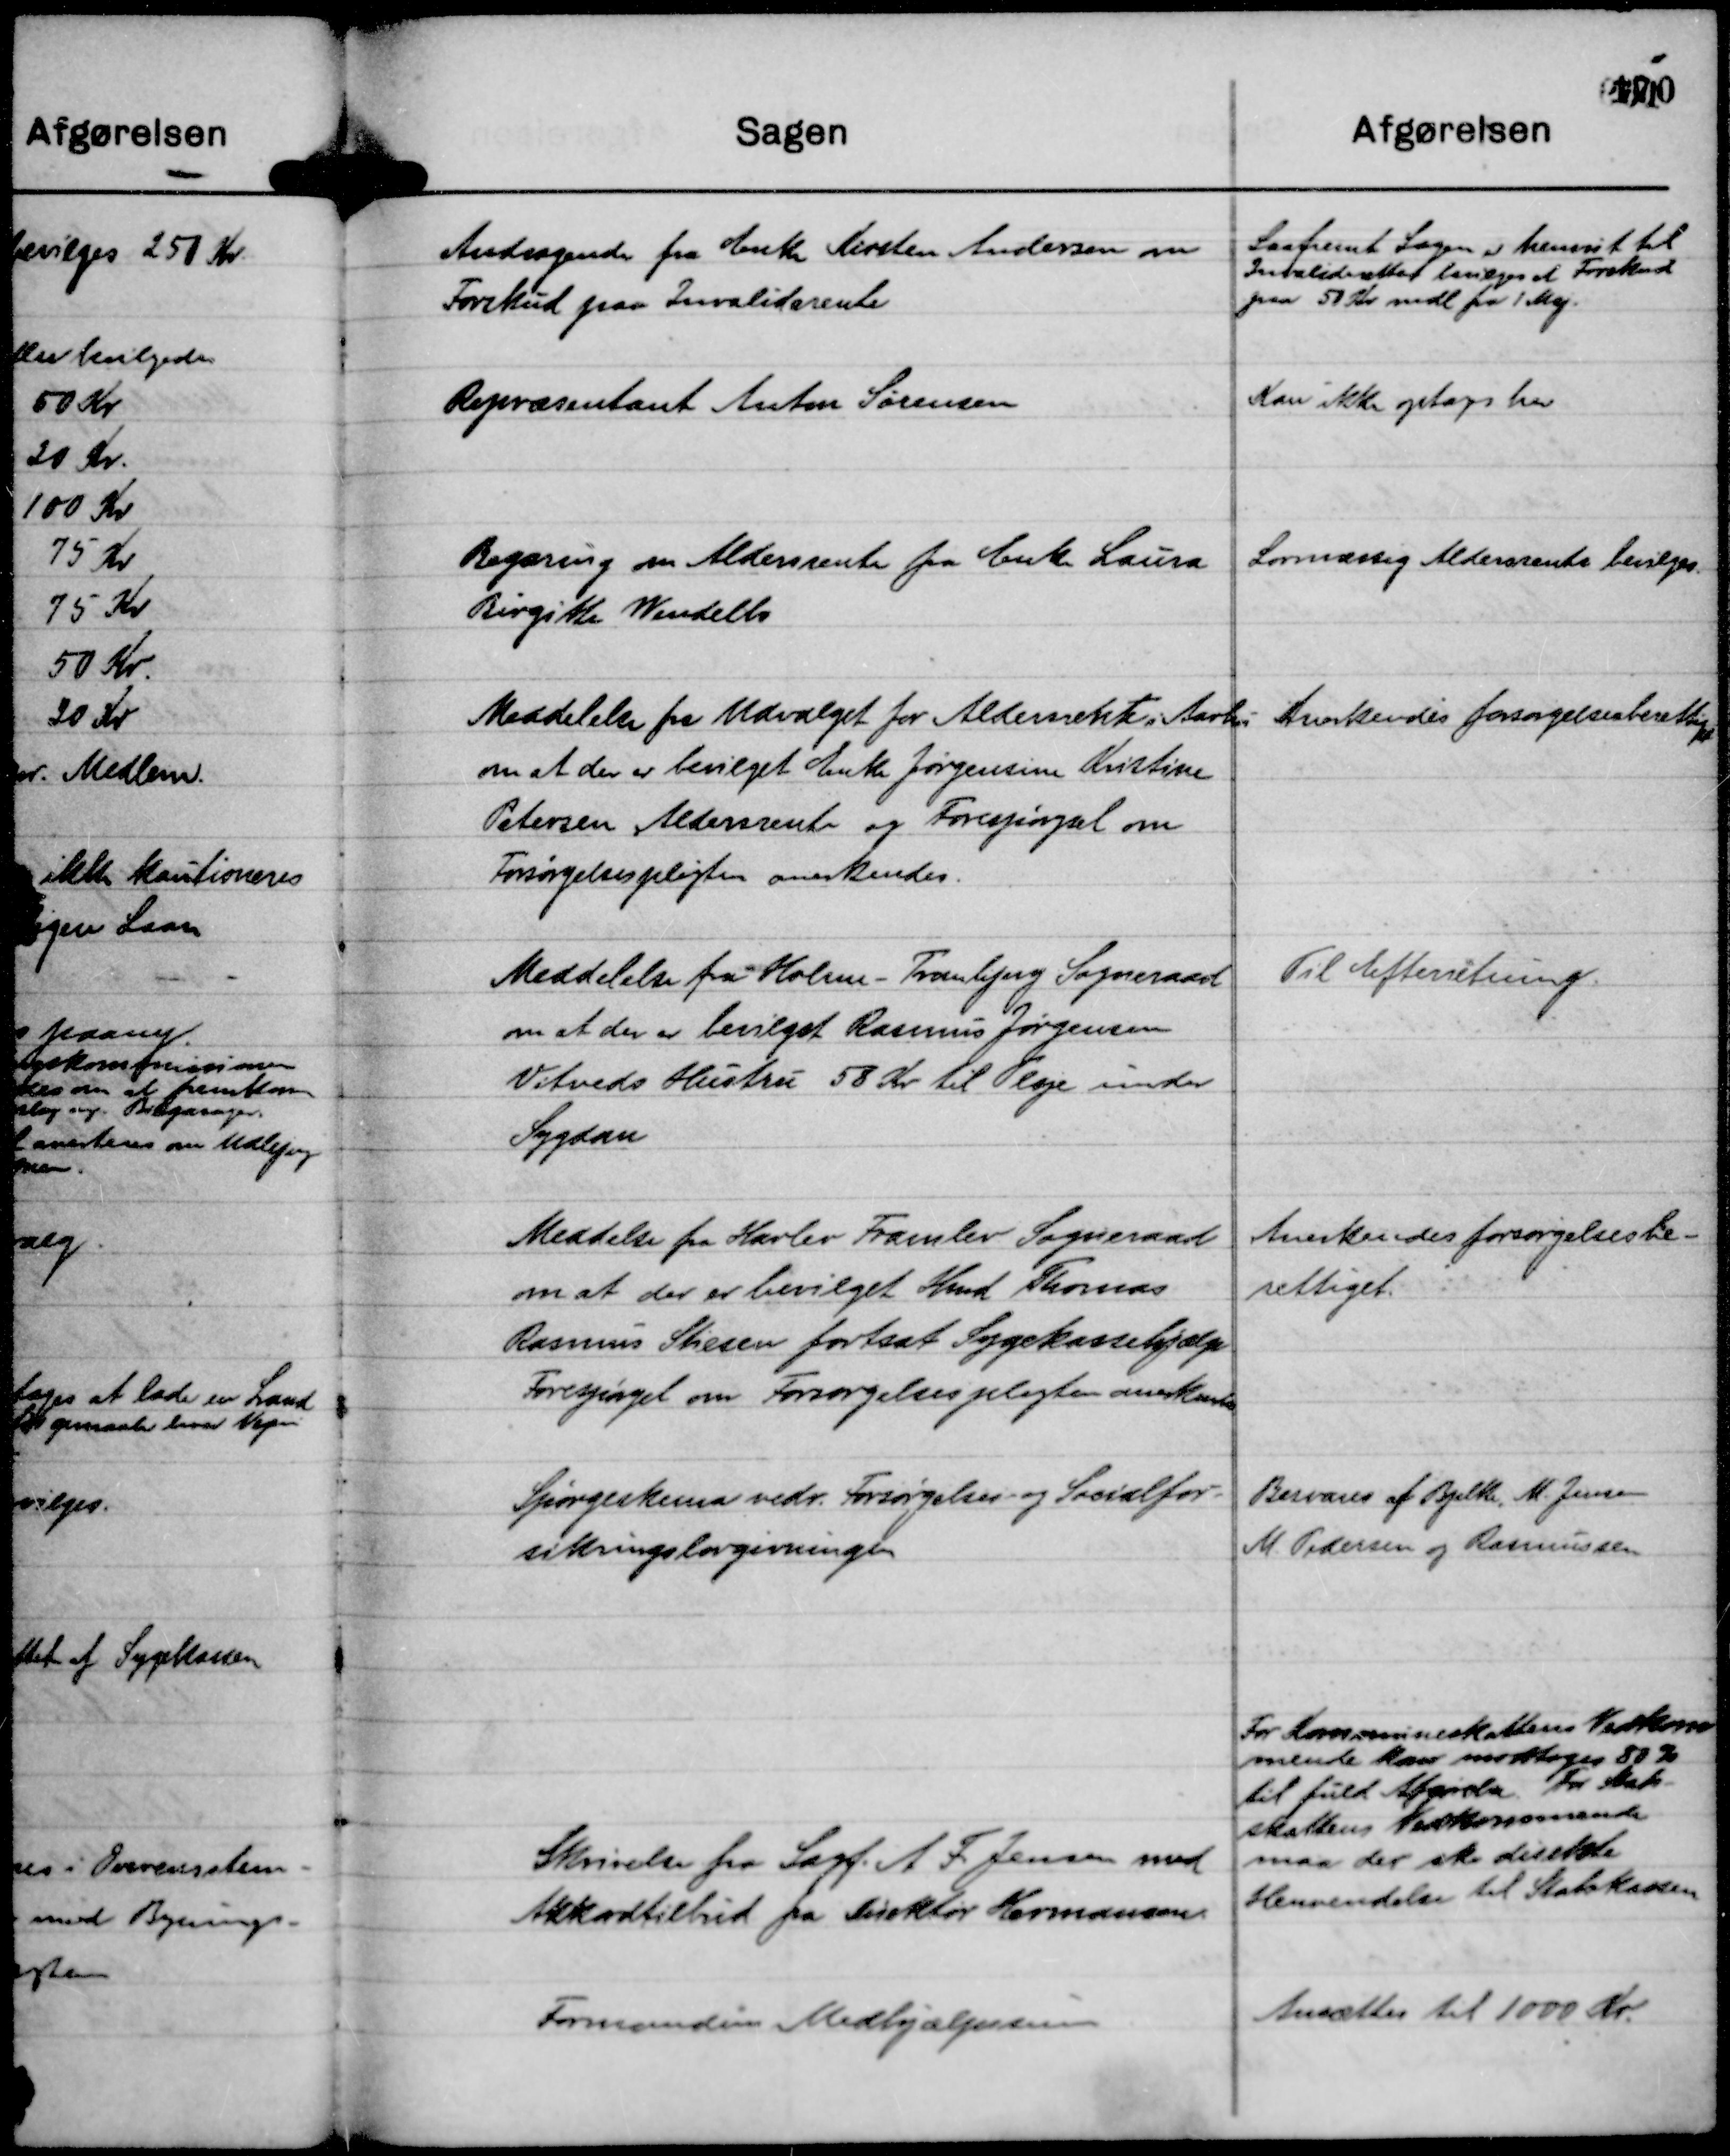
Transskription:
Andragende fra Enke Kirsten Andersen om
Forskud paa Invaliderente

Saafremt Sagen er henvist til
Invalideretten bevilges et Forskud
paa 50 Kr mdl fra 1 Maj.

Repræsentant Anton Sørensen

Kan ikke optages her

Begæring om Aldersrente fra Enke Laura
Birgitte Wendelbo

Lovmæssig Aldersrente bevilges.

Meddelelse fra Udvalget for Aldersrente i Aarhus
om at der er bevilget Enke Jørgensine Kristine
Petersen Aldersrente og Forespørgsel om
Forsørgelsespligten anerkendes.

Anerkendes forsørgelsesberettiget

Meddelelse fra Holme - Tranbjerg Sogneraad
om at der er bevilget Rasmus Jørgensen
Vitveds Hustru 58 Kr til læge under
Sygdom

Til Efterretning.

Meddelse fra Harlev Framlev Sogneraad
om at der er bevilget Kmd Thomas
Rasmus Stiesen fortsat Sygekassehjælp
Forespørgsel om Forsørgelsespligten anerkendes

Anerkendes forsørgelsesbe-
rettiget.

Spørgeskema vedr. Forsørgelses- og Socialfor-
sikringslovgivningen

Besvares af Bjelke, M. Jensen
M. Pedersen og Rasmussen

Skrivelse fra Sagf. A F. Jensen med
Akkordtilbud fra Direktør Hermansen.

For Kommuneskattens Vedkom
mende kan modtages 80 %
til fuld Afgørelse. For Stats-
skattens Vedkommende
maa der ske direkte
Henvendelse til Statskassen

Formandens Medhjælpssum

Ansættes til 1000 Kr.